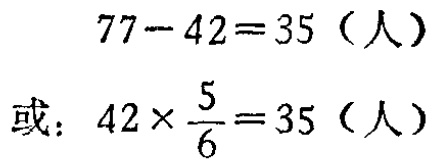
\[

\begin{align*}

77 - 42&=35 \text{（人）}\\

\text{或：}42\times\frac{5}{6}&=35 \text{（人）}

\end{align*}

\]